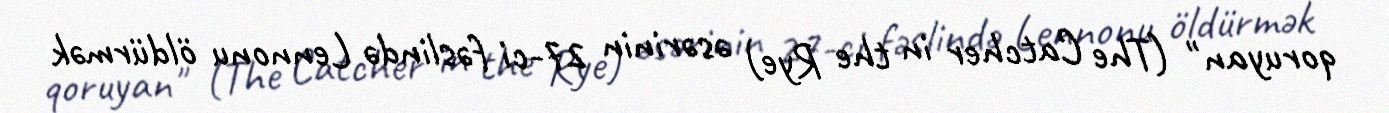
qoruyan" (The Catcher in the Rye) əsərinin 27-ci fəslində Lennonu öldürmək